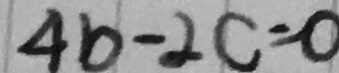
4 b - 2 c = 0